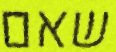
שאם